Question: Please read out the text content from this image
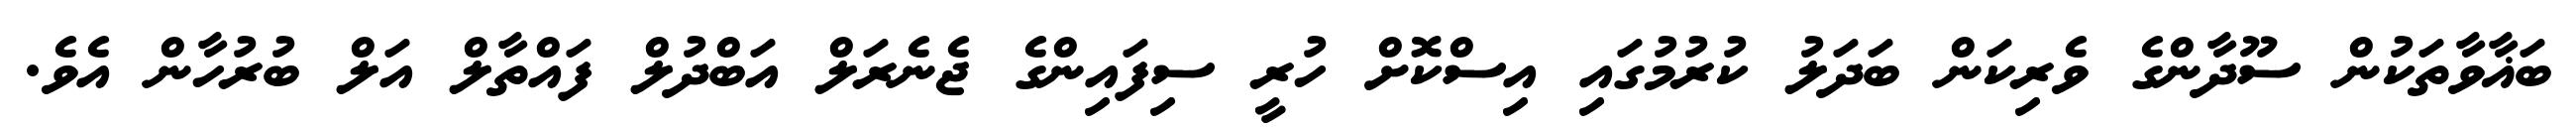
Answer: ބަޣާވާތަކުން ސޫދާންގެ ވެރިކަން ބަދަލު ކުރުމުގައި އިސްކޮށް ހުރީ ސިފައިންގެ ޖެނެރަލް އަބްދުލް ފައްތާލް އަލް ބުރުހާން އެވެ.